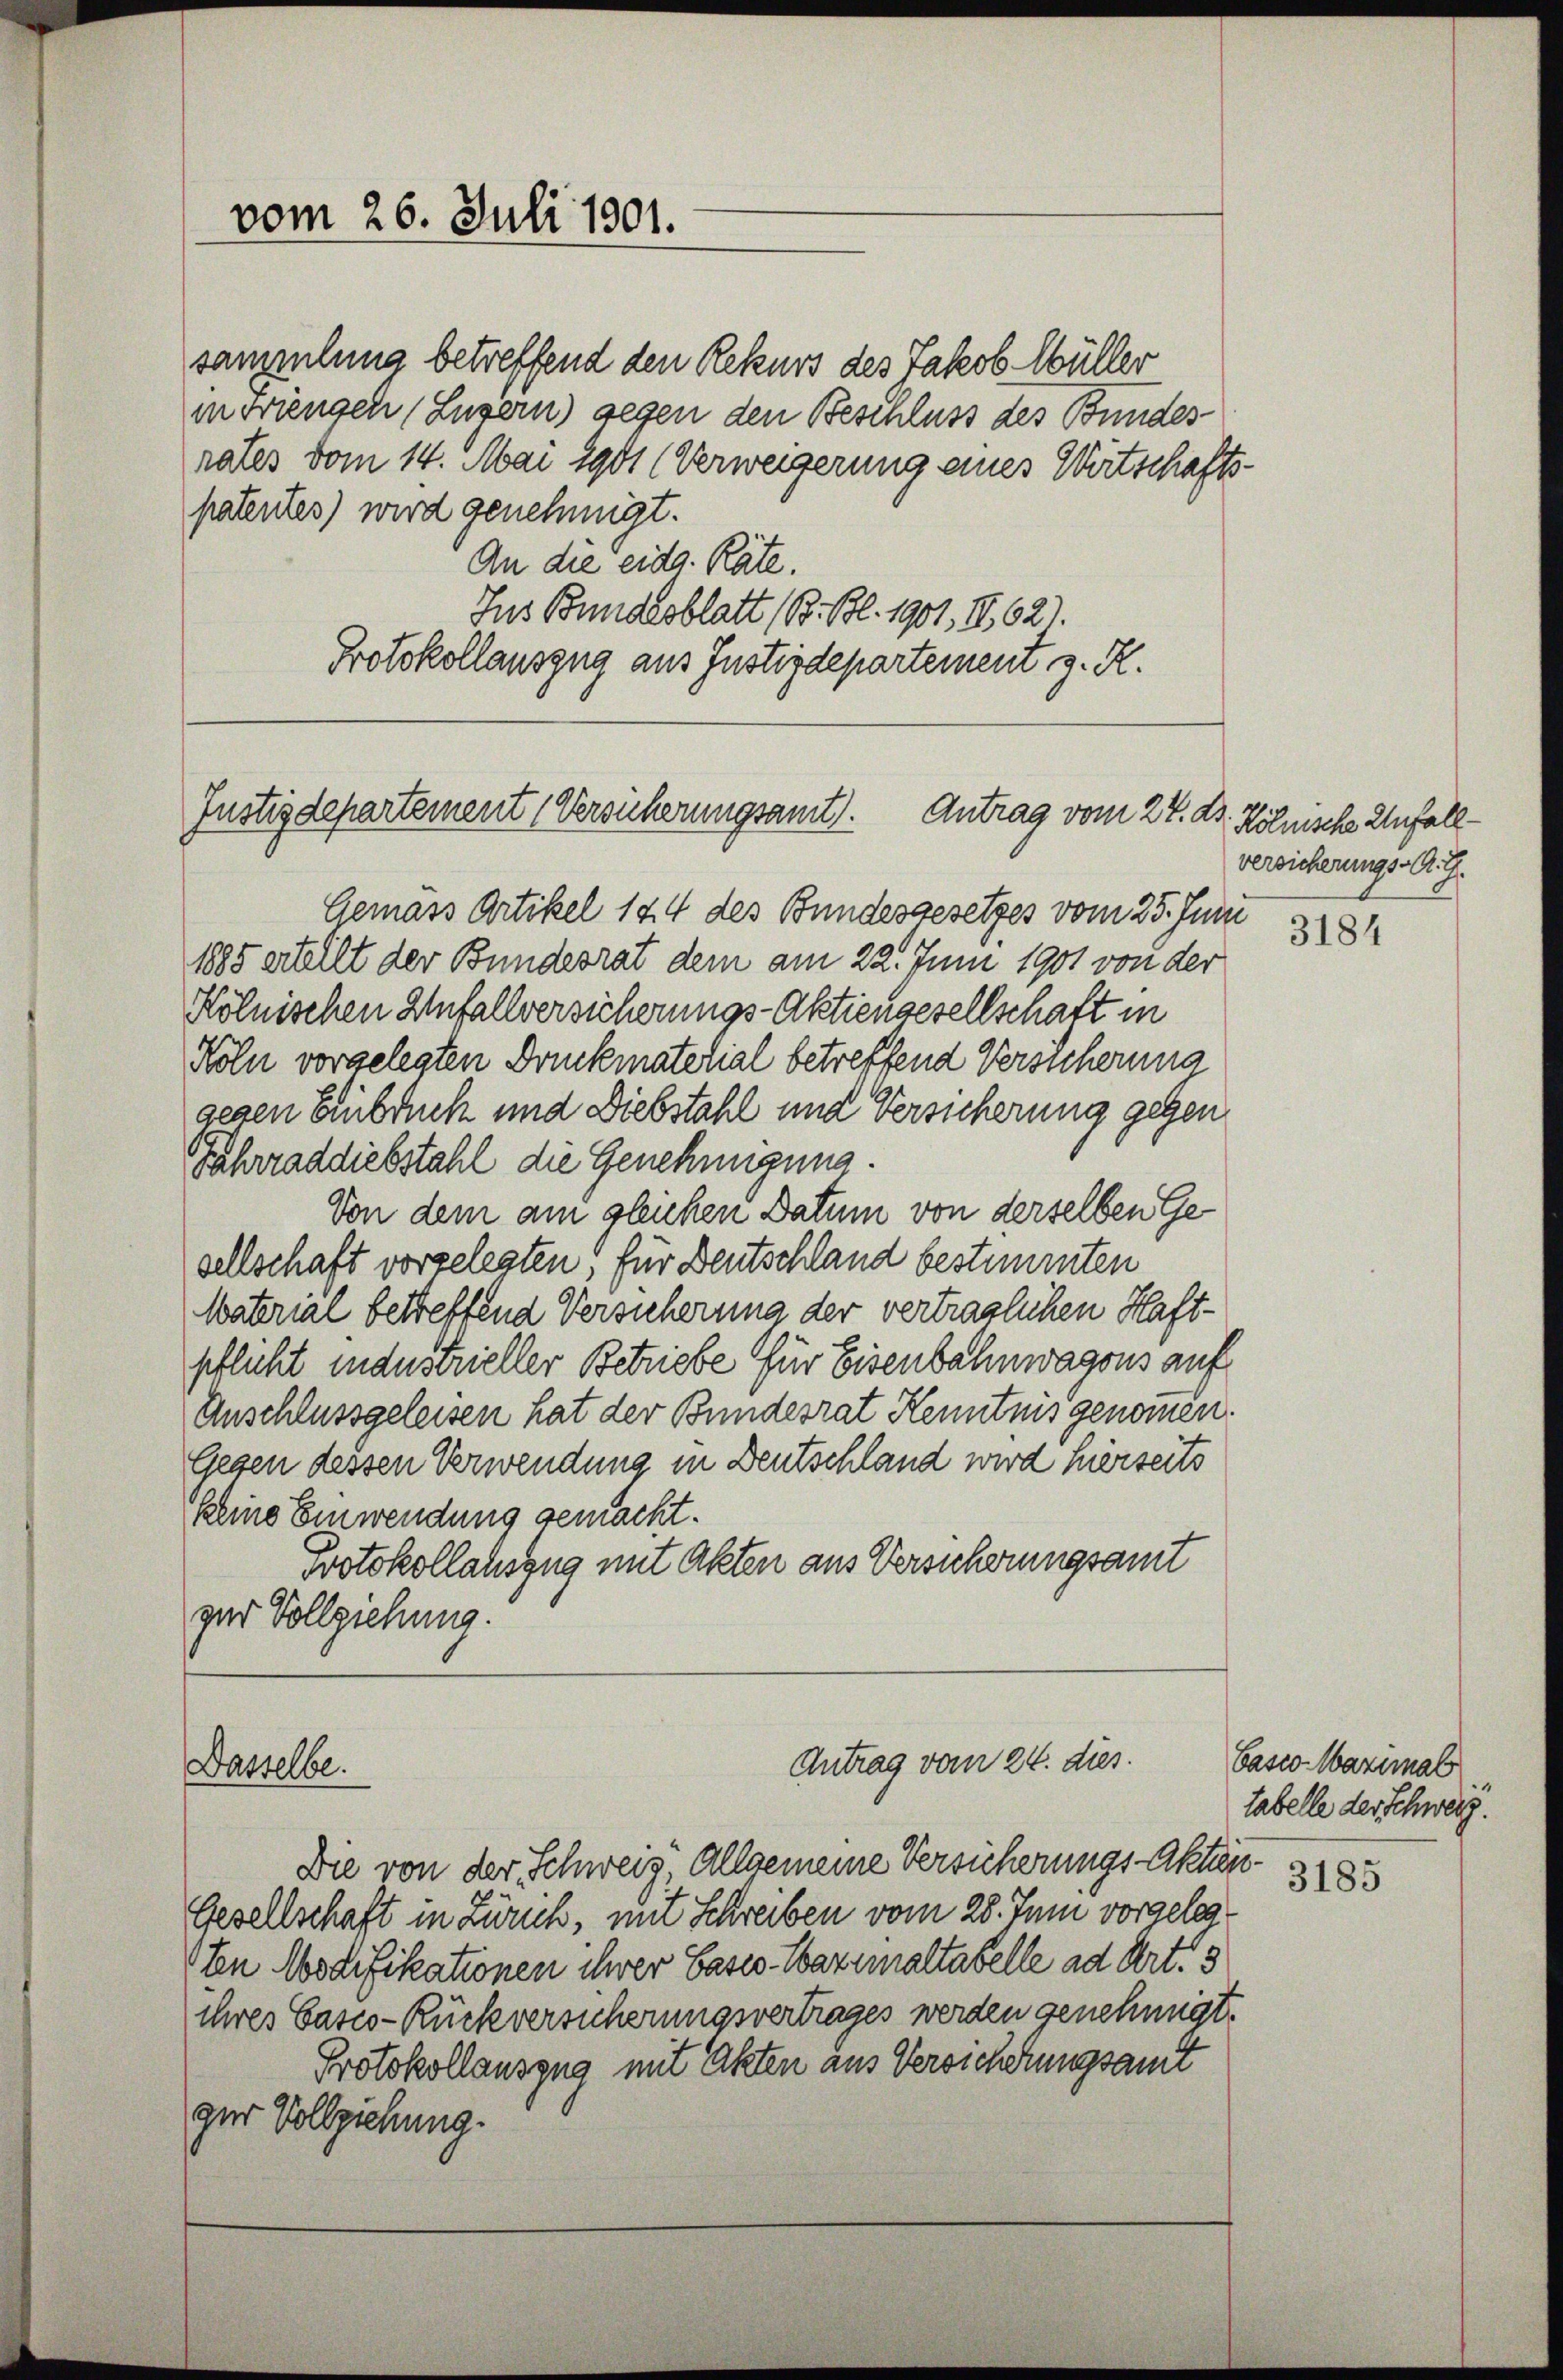
vom 26. Juli 1901.

sammlung betreffend den Rekurs des Jakob Müller
in Friengen (Luzern) gegen den Beschluss des Bundes-
rates vom 14. Mai 1901 (Verweigerung eines Wirtschaftspatentes) wird genehmigt.
An die eidg. Räte.
Jus Bundesblatt (B. Bl. 1901, II,62).
Protokollauszug aus Justizdepartement z. R.

Justizdepartement (Versicherungsamt. Antrag vom 27. dr. Kölnische Unfall¬

Dasselbe.

Gemäss Artikel 124 des Bundesgesetzes vom 25. Juni
1885 ertellt der Bundesrat dem am 22. Juni 1901 von der
Kölnischen Unfallversicherungs-Aktiengesellschaft in
Köln vorgelegten Druckmaterial betreffend Versicherung
gegen Einbruck und Diebstahl und Versicherung gegen
Jährraddiebstahl die Genehmigung.
Von dem am gleichen Datum von derselben Gesellschaft vorgelegten, für Deutschland bestimmten
Material betreffend Versicherung der verträglichen Haft-
pflicht industrieller Betriebe für Eisenbahnwagens auf
Anschlussgeleisen hat der Bundesrat Kenntnis genommen.
Gegen dessen Verwendung in Deutschland wird hierseits
keine Einwendung gemacht.
Protokollauszug mit Akten aus Versicherungsamt
zur Vollziehung.

Antrag vom 24. dies

versicherungs-A. G.

Die von der Schweiz, Allgemeine Versicherungs-Akten¬
Gesellschaft in Zürich, mit Schreiben vom 28. Juni vorgelegten Modifikationen ihrer Passo-Wazumaltabelle ad Art. 3
ihres Casco-Rückversicherungsvertrages werden genehmigt.
Protokollauszug mit Akten aus Versicherungsamt
zur Vollziehung.

3184

Pasio Nazimal
tabelle der Schweiz.

3185